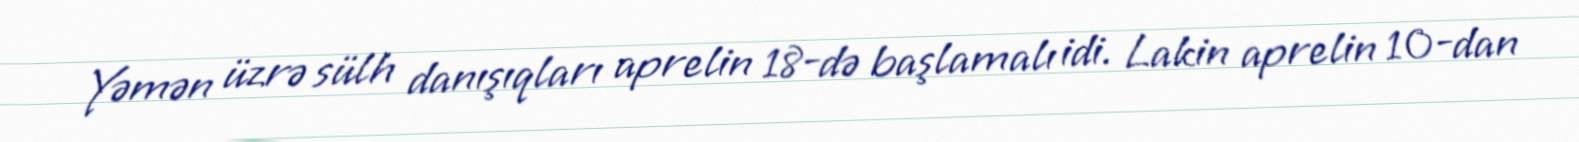
Yəmən üzrə sülh danışıqları aprelin 18-də başlamalı idi. Lakin aprelin 10-dan